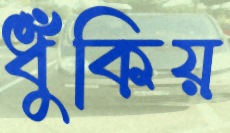
ধুঁকিয়